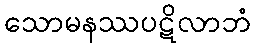
သောမနဿပဋိလာဘံ